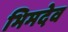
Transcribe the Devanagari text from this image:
भिमदेव